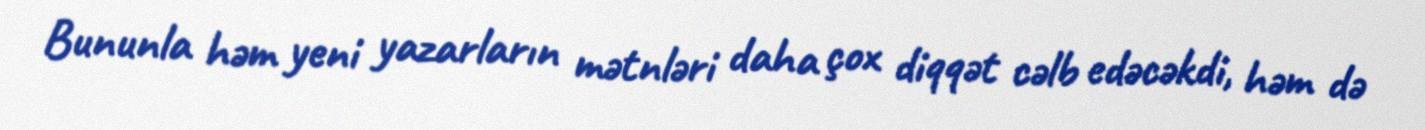
Bununla həm yeni yazarların mətnləri daha çox diqqət cəlb edəcəkdi, həm də